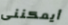
أيمكننى